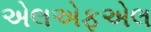
એલએફએલ